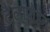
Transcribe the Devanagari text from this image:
टैलापोइन